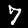
Digit: 7